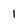
Character: 1